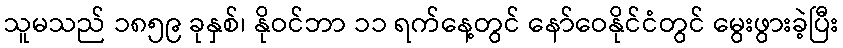
သူမသည် ၁၈၅၉ ခုနှစ်၊ နိုဝင်ဘာ ၁၁ ရက်နေ့တွင် နော်ဝေနိုင်ငံတွင် မွေးဖွားခဲ့ပြီး